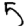
Digit: 5